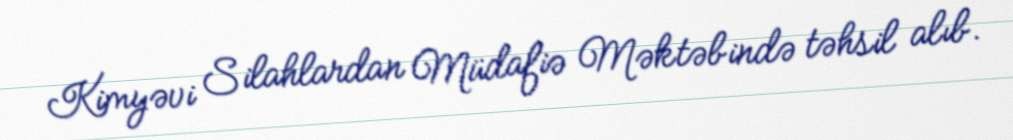
Kimyəvi Silahlardan Müdafiə Məktəbində təhsil alıb.